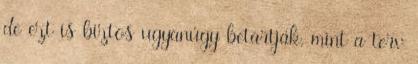
de ezt is biztos ugyanúgy betartják, mint a terv